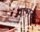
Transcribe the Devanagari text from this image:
पाभरा